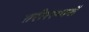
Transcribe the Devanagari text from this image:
शरीरस्थानों